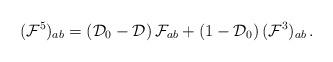
LaTeX: \begin{align*}({\cal F}^5)_{ab} = ({\cal D}_0 -{\cal D}) \, {\cal F}_{ab} +(1-{\cal D}_0)\, ({\cal F}^3)_{ab} \, .\end{align*}